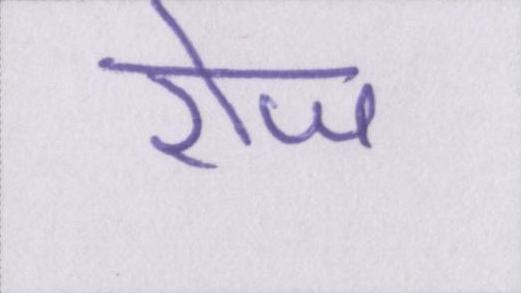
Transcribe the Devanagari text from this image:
रोज